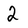
Character: 2